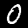
Digit: 0